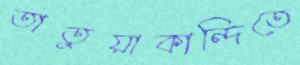
তাতুয়াকান্দিতে